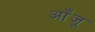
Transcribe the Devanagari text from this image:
आँजू